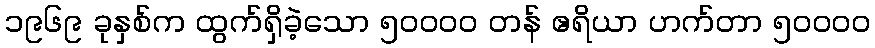
၁၉၆၉ ခုနှစ်က ထွက်ရှိခဲ့သော ၅၀၀၀၀ တန် ဧရိယာ ဟက်တာ ၅၀၀၀၀